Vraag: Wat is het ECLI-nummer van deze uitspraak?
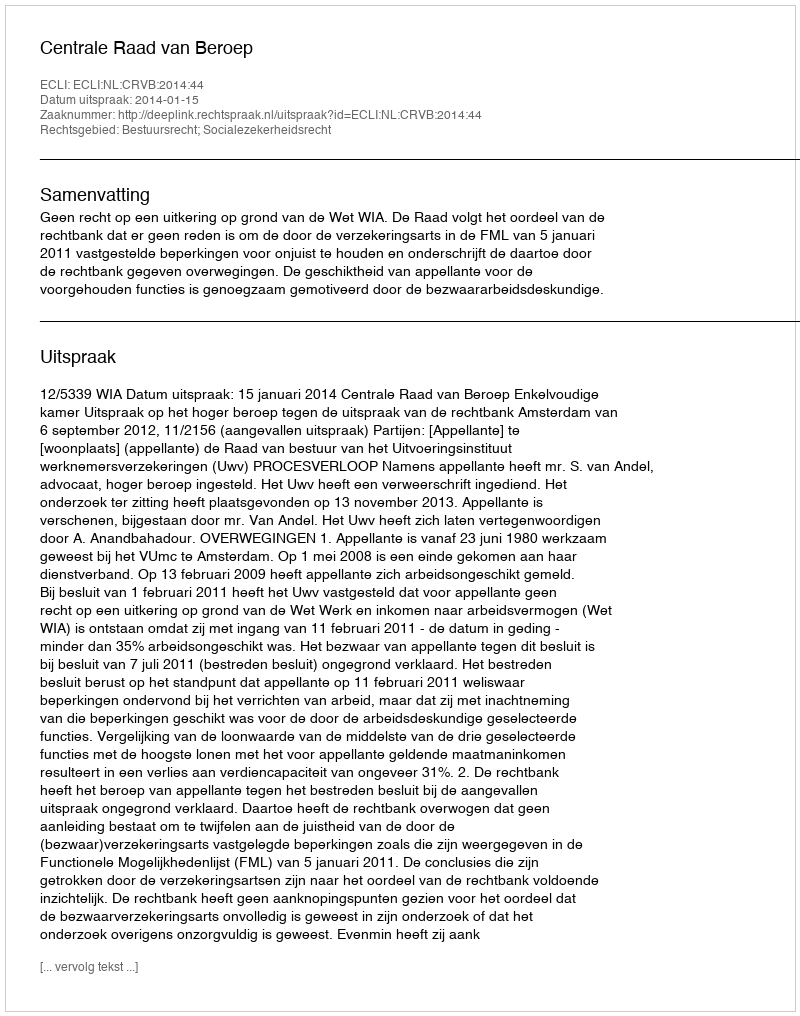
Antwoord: ECLI:NL:CRVB:2014:44